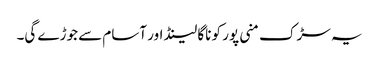
یہ سڑک منی پور کو ناگا لینڈ اور آسام سے جوڑے گی۔